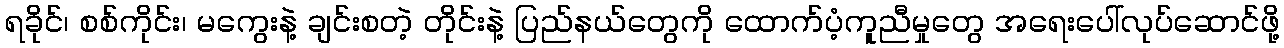
ရခိုင်၊ စစ်ကိုင်း၊ မကွေးနဲ့ ချင်းစတဲ့ တိုင်းနဲ့ ပြည်နယ်တွေကို ထောက်ပံ့ကူညီမှုတွေ အရေးပေါ်လုပ်ဆောင်ဖို့